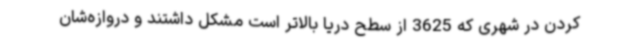
کردن در شهری که 3625 از سطح دریا بالاتر است مشکل داشتند و دروازه‌شان